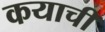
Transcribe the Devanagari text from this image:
कयाचीं